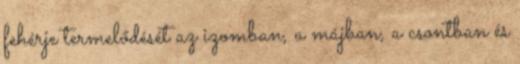
fehérje termelődését az izomban, a májban, a csontban és